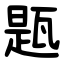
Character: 㼵